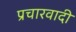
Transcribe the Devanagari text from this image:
प्रचारवादी